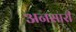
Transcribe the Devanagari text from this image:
अनसारी